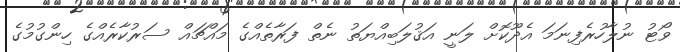
ވޯޓު ނުލާހުރެފިނަމަ އެދޫކޮށް ލަނީ އަޤުލަބިއްޔަތު ނެތް ފަރާތެއްގެ މައްޗައް ސަރުކާރެއްގެ ހިންގުމުގެ